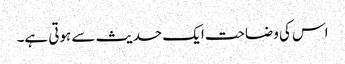
اس کی وضاحت ایک حدیث سے ہوتی ہے۔